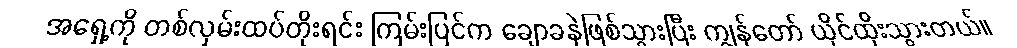
အရှေ့ကို တစ်လှမ်းထပ်တိုးရင်း ကြမ်းပြင်က ချောခနဲဖြစ်သွားပြီး ကျွန်တော် ယိုင်ထိုးသွားတယ်။